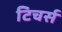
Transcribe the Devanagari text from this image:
टिचर्स